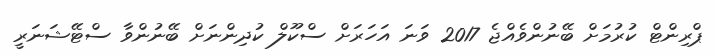
ޕްރިންޓް ކުރުމަށް ބޭނުންވެއްޖެ 2017 ވަނަ އަހަރަށް ސްކޫލް ކުދިންނަށް ބޭނުންވާ ސްޓޭޝަނަރީ